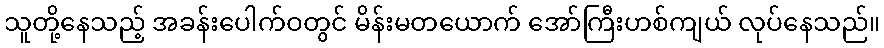
သူတို့နေသည့် အခန်းပေါက်ဝတွင် မိန်းမတယောက် အော်ကြီးဟစ်ကျယ် လုပ်နေသည်။